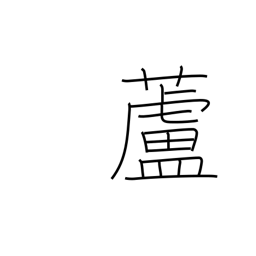
Meaning: reed